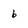
Character: 6